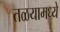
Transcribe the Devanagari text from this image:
तळयामध्ये